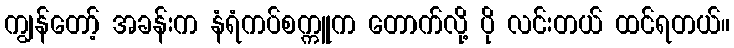
ကျွန်တော့် အခန်းက နံရံကပ်စက္ကူက တောက်လို့ ပို လင်းတယ် ထင်ရတယ်။